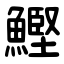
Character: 鰹